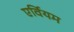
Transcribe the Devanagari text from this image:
एर्वियम